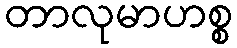
တာလုမာဟစ္စ